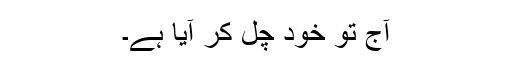
آج تو خود چل کر آیا ہے۔